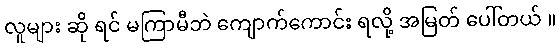
လူများ ဆို ရင် မကြာမီဘဲ ကျောက်ကောင်း ရလို့ အမြတ် ပေါ်တယ် ။